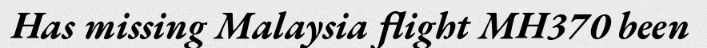
Has missing Malaysia flight MH370 been